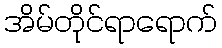
အိမ်တိုင်ရာရောက်